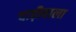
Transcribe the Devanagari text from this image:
दाढ़ीवाला